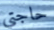
حاجتي